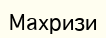
Махризи